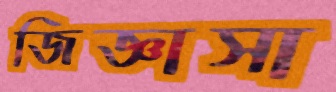
জিজ্ঞাসা